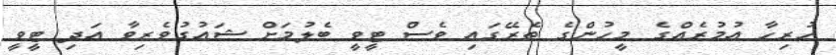
ހުރިހާ އުމުރެއްގެ މީހުންގެ ތެރޭގައި ވެސް ޓީވީ ބެލުމަށް ޝައުގުވެރިވާ އަދި ޓީވީ